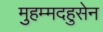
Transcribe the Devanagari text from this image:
मुहम्मदहुसेन